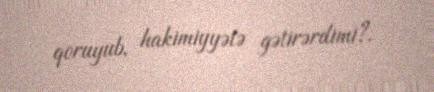
qoruyub, hakimiyyətə gətirərdimi?.